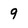
Character: 9